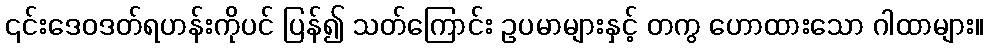
၎င်းဒေဝဒတ်ရဟန်းကိုပင် ပြန်၍ သတ်ကြောင်း ဥပမာများနှင့် တကွ ဟောထားသော ဂါထာများ။